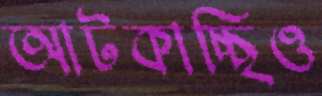
আটকাচ্ছিও